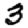
Digit: 3